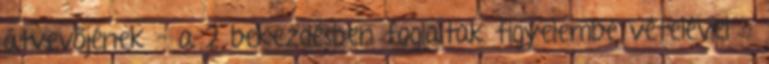
átvevőjének – a 2 bekezdésben foglaltak figyelembe vételével -